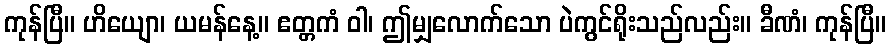
ကုန်ပြီ။ ဟိယျော၊ ယမန်နေ့။ ဧတ္တကံ ဝါ၊ ဤမျှလောက်သော ပဲကွင်ရိုးသည်လည်း။ ခီဏံ၊ ကုန်ပြီ။